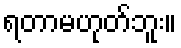
ရတာမဟုတ်ဘူး။